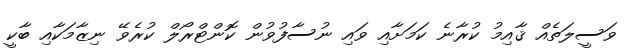
ވަސީލަތެއް ޤާއިމު ކުރާނެ ކަމަށާއި ވައި ނުސާފުވުން ކޮންޓްރޯލް ކުރެވޭ ނިޒާމަކާއި ބާކީ